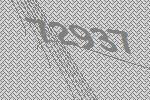
72937